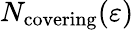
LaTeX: N_{\mathrm{{covering}}}(\varepsilon)